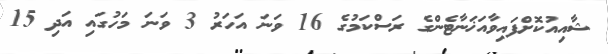
ޝާއިއުކޮށްފައިވާއަޚަނާޓެންގެ ރަސްކަމުގެ 16 ވަނަ އަހަރު 3 ވަނަ މަހުގައި އަދި 15